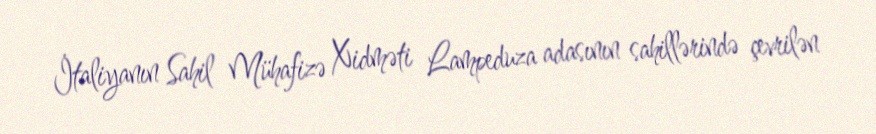
İtaliyanın Sahil Mühafizə Xidməti Lampeduza adasının sahillərində çevrilən